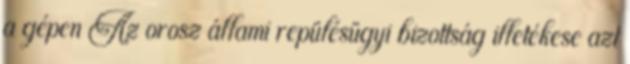
a gépen Az orosz állami repülésügyi bizottság illetékese azt